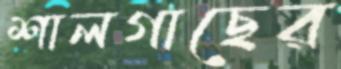
শালগাছের